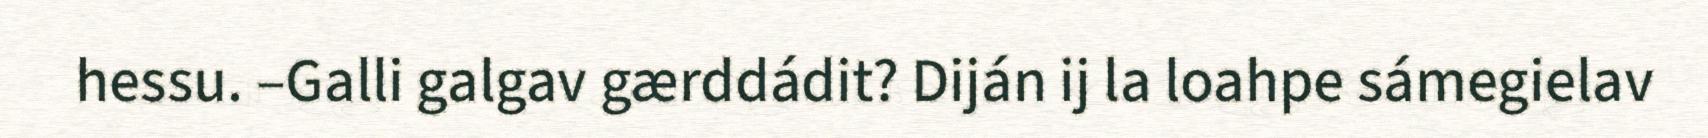
hessu. –Galli galgav gærddádit? Diján ij la loahpe sámegielav